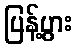
ပြန့်ပွား